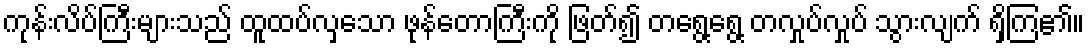
ကုန်းလိပ်ကြီးများသည် ထူထပ်လှသော ဖုန်တောကြီးကို ဖြတ်၍ တရွေ့ရွေ့ တလှုပ်လှုပ် သွားလျက် ရှိကြ၏။